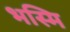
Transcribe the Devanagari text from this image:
भस्मि